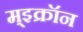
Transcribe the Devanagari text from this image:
म्इक्रॉन